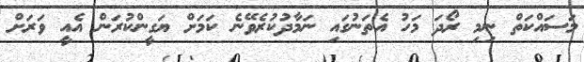
މަސައްކަތް ނިމި ރޯދަ މަހު އެތަނުގައި ނަމާދުކުރެވޭނެ ކަމަށް ޔަގީންކުރަން އެއީ ވަރަށް